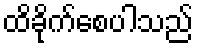
ထိခိုက်စေပါသည်